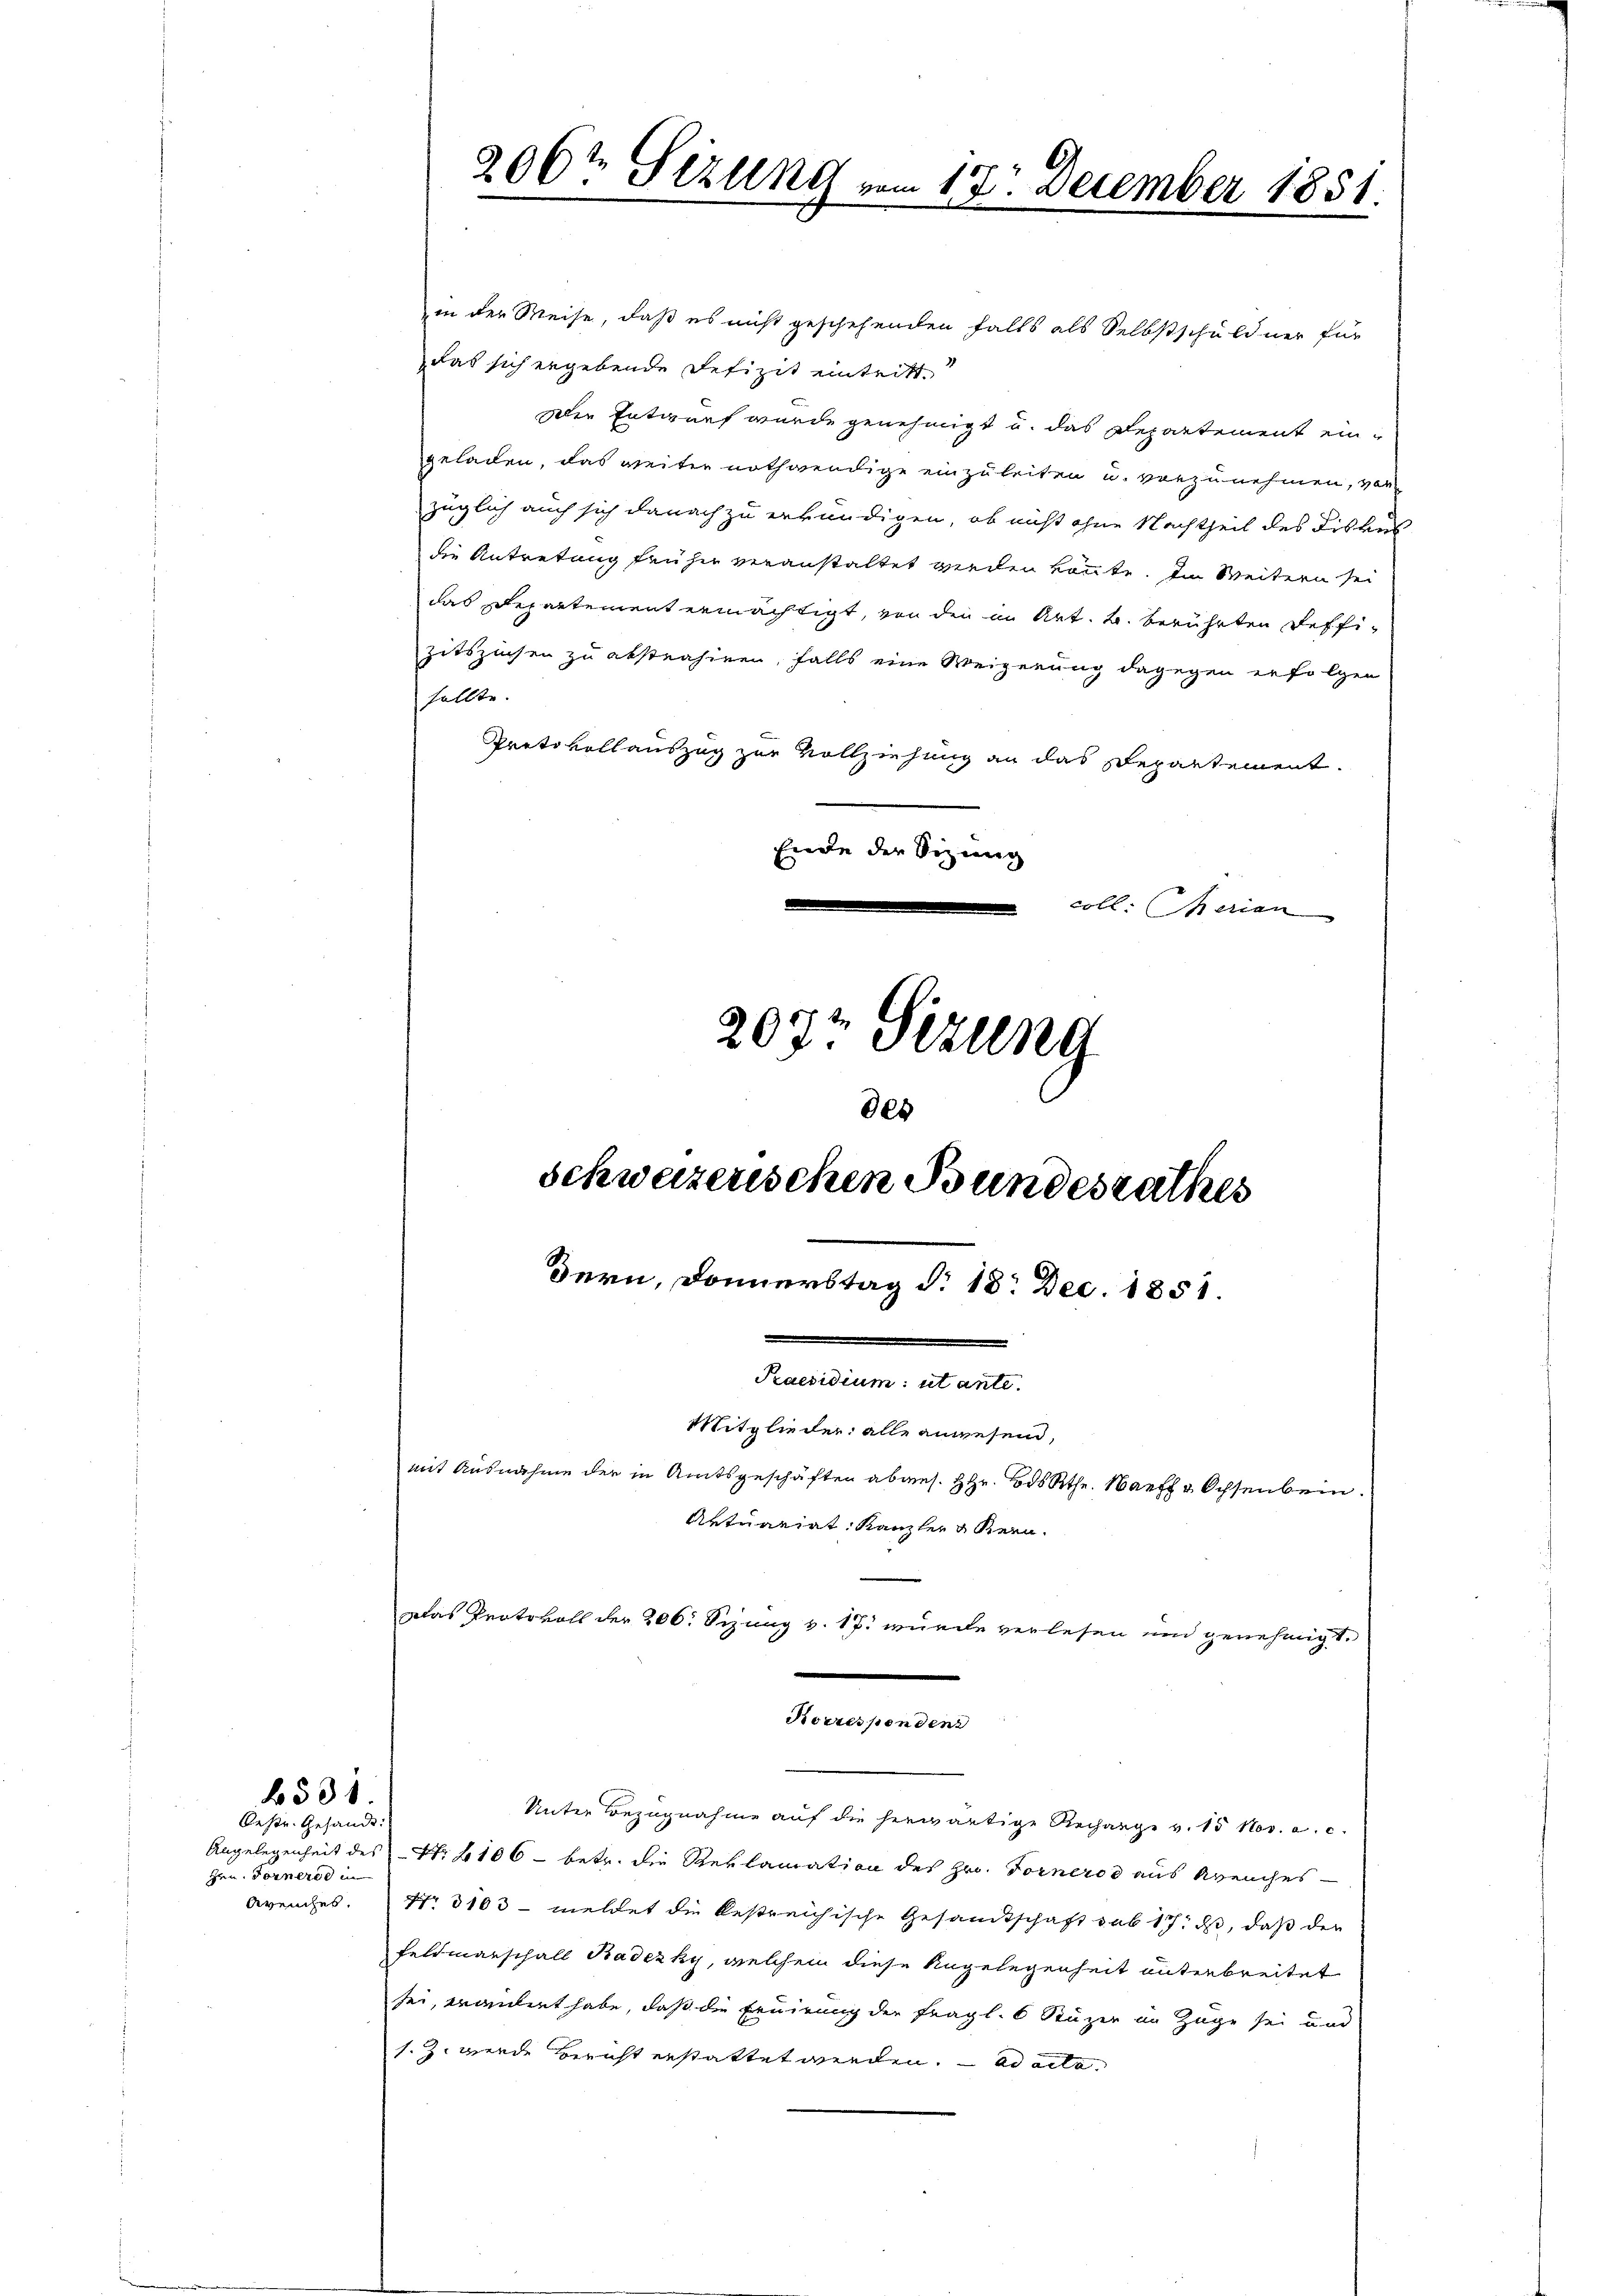
6531.
Oestr. Gesandt:

Hrn. Fernere in
Arenches.

in der Weise, daß es nicht geschehenden falls als Selbstschuldner für
das sich ergebende Defizit eintritt.
Der Entwurf wurde genehmigt u. das Departement ein-
geladen, das weiter nothwendige einzuleiten u. vorzunehmen, vorzüglich auch sich danach zu erkundigen, ob nicht ohne Nachtheil des Fiskus
die Antretung früher veranstaltet werden könnte. Im Weitern sei
das Departement ermächtigt, von den im Art. B. berührten deffi-
zitszinsen zu abstrahiren, falls eine Weigerung dagegen erfolgen
sollte.
Protokollauszug zur Vollziehung an das Departement.
Ennde der Sitzung
coll. Herien
207t Sizung
des

206t Sizung vom 12. December 1851.

Korrespendens

Schweizerischen Bundesrathes
Bern, Donnerstag §. 18. Dec. 1851.
Fensten aus
Mitglieder alle anwesend,
mit Ausnahme der in Amtsgeschäften abges. Hr. Bds Rth. Harff u Ochsenbein.
Artuariat Kanzler & Kenn
Das Protokoll der 206. Sizung v. 17. wurde verlesen und genehmigt.

Unter Bezugnahme auf die herwärtige Recharge v. 15 Nov. a. c.
Angelegenheit des Nr. 106 - betr. die Reklamation des Hrn. Forneros aus Arenches
Nr 3103 - meldet die bestreichische Gesamtschaft sub 17. ds, daß der
Feldmarschall Badezky, welchem diese Angelegenheit unterbreitet
sei, erandert habe, daß die Eruirung der fragl. 6 Stäger in Züge sei und
s. Z. werde Bericht erstattet werden. ad acta